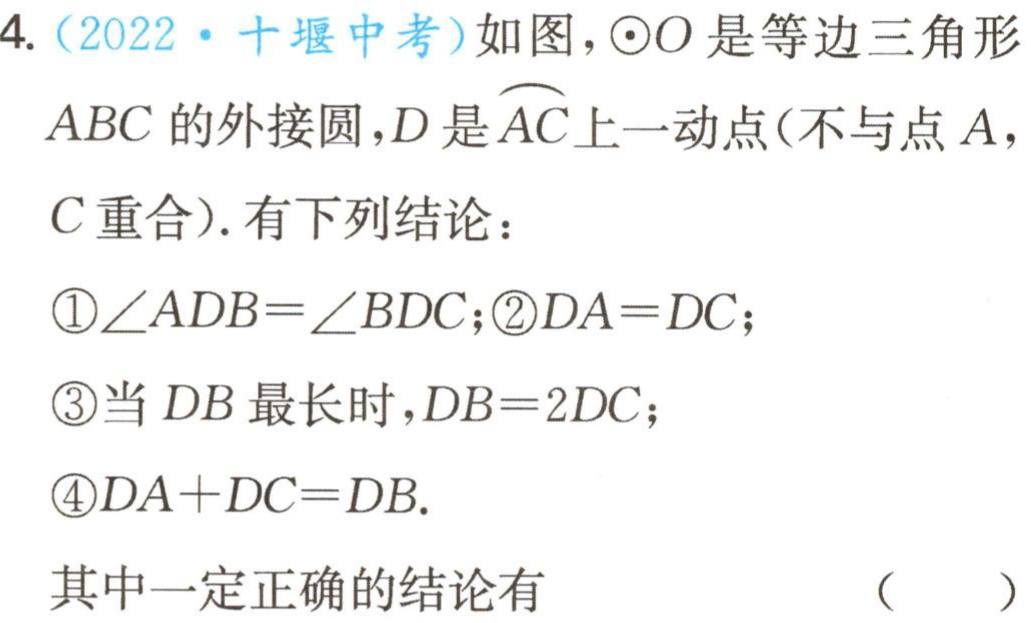
4.（2022·十堰中考）如图，$\odot O$是等边三角形

$ABC$的外接圆，$D$是$\overset{\frown}{AC}$上一动点(不与点$A$，

$C$重合). 有下列结论：

\textcircled{1}$\angle ADB=\angle BDC$；\textcircled{2}$DA = DC$；

\textcircled{3}当$DB$最长时，$DB = 2DC$；

\textcircled{4}$DA + DC = DB$.

其中一定正确的结论有 （  ）